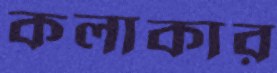
কলাকার